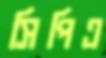
সিপিএ